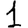
Digit: 1